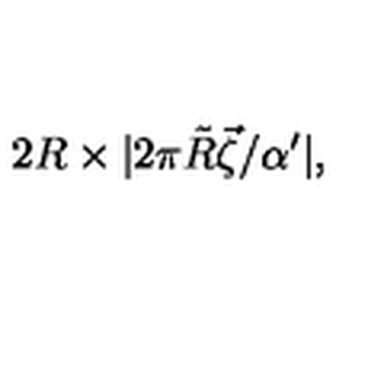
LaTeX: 2 R \times | 2 \pi \tilde { R } \vec { \zeta } / \alpha ^ { \prime } | ,